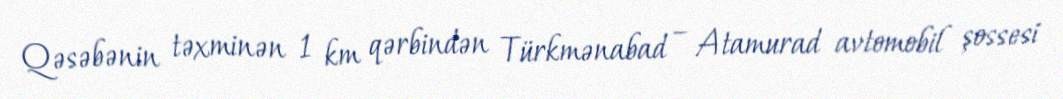
Qəsəbənin təxminən 1 km qərbindən Türkmənabad – Atamurad avtomobil şossesi